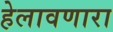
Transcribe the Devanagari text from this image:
हेलावणारा